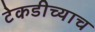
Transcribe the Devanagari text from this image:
टेकडीच्याच